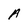
Character: A